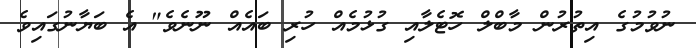
ނުވުމުގެ އިތުރުން މާބްލް ހޮޓެލާއި ގުޅުމެއް ހުރި ބައެއް ނޫނެވެ" އެ ބަޔާނުގައިވެ